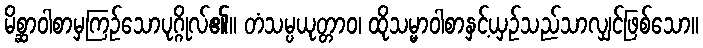
မိစ္ဆာဝါစာမှကြဉ်သောပုဂ္ဂိုလ်၏။ တံသမ္ပယုတ္တာဝ၊ ထိုသမ္မာဝါစာနှင့်ယှဉ်သည်သာလျှင်ဖြစ်သော။